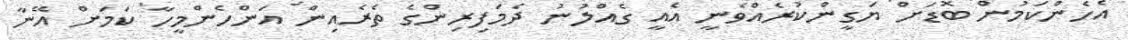
އެހެންކަމުން ބޮޑަށް ޔަގީންކުރެއްވެނީ އެއީ ގެއްލުނު ދެމަފިރިންގެ ތެރެއިން އަންހެންމީހާ ކަމަށް އޭނާ